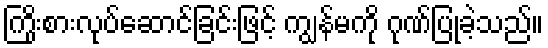
ကြိုးစားလုပ်ဆောင်ခြင်းဖြင့် ကျွန်မကို ဂုဏ်ပြုခဲ့သည်။